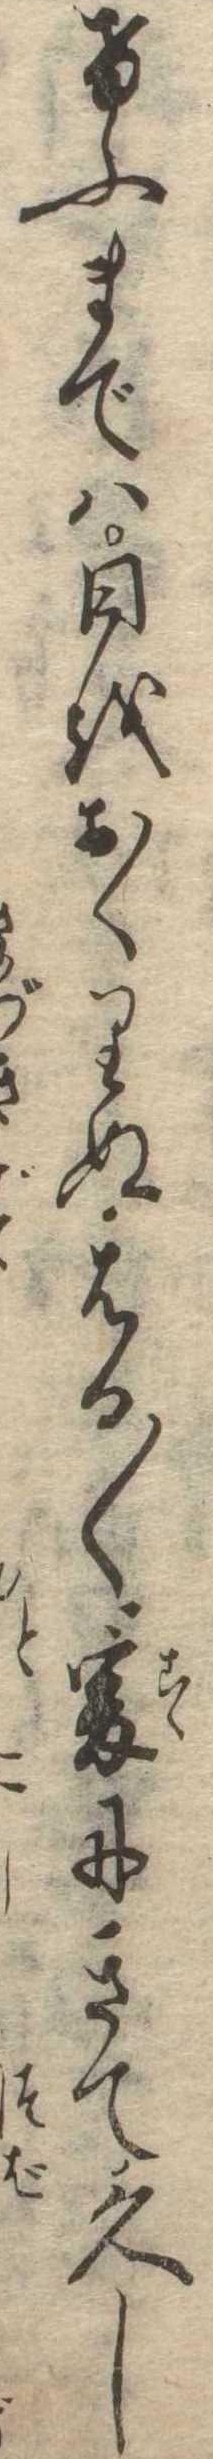
けふまでは日をおくりぬはる〱爰にきて久し